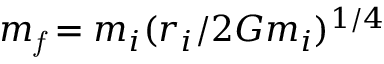
m _ { \it f } = m _ { i } ( r _ { i } / 2 G m _ { i } ) ^ { 1 / 4 }